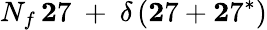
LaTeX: N_{f}\, {\mathbf 27}\ +\ \delta\, ({\mathbf 27}+{\mathbf 27^{*}})